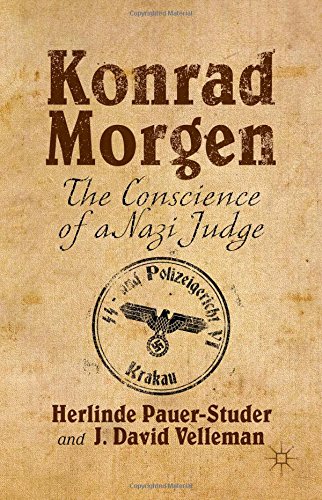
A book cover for Konrad Morgen: The Conscience of a Nazi Judge; Herlinde Pauer-Studer; Law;